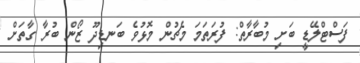
ފަސްޓްލޭޑީ ބަށި މުބާރާތް: ފުރަތަމަ މެޗުން މޮޅުވެ ބަނޑިދޫ ޒޯން ބުރާ ގާތަށް